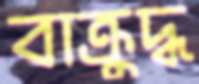
বাক্রুদ্ধ